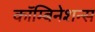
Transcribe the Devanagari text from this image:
कॉम्बिनेशन्स